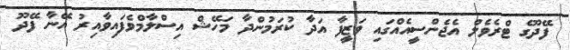
ފޭދޫގެ ޓްރެވެލް އެޖެންސީއެއްގައި ވަޒީފާ އަދާ ކުރަމުންދާ މަހޭޝް އިސްލާމްވެފައިވާއިރު އޭނާ ފޭދޫ